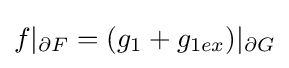
f|_{\partial F}=(g_{1}+g_{1ex})|_{\partial G}